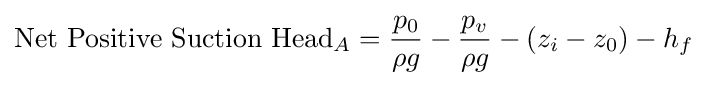
{\text{Net Positive Suction Head}}_{A}={\frac {p_{0}}{\rho g}}-{\frac {p_{v}}{\rho g}}-(z_{i}-z_{0})-h_{f}